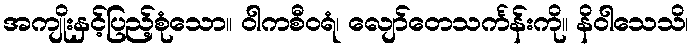
အကျိုးနှင့်ပြည့်စုံသော။ ဝါကစီဝရံ၊ လျော်တေသင်္ကန်းကို။ နိဝါသေသိ၊